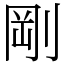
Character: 剛